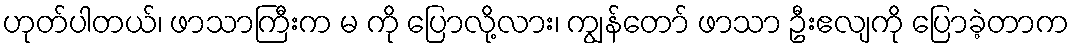
ဟုတ်ပါတယ်၊ ဖာသာကြီးက မ ကို ပြောလို့လား၊ ကျွန်တော် ဖာသာ ဦးဧလျကို ပြောခဲ့တာက